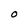
Character: O